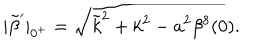
LaTeX: | \tilde { \beta } ^ { \prime } | _ { 0 ^ { + } } = \sqrt { \tilde { k } ^ { 2 } + k ^ { 2 } - a ^ { 2 } \beta ^ { 8 } ( 0 ) } .